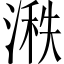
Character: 𪶵